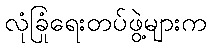
လုံခြုံရေးတပ်ဖွဲ့များက